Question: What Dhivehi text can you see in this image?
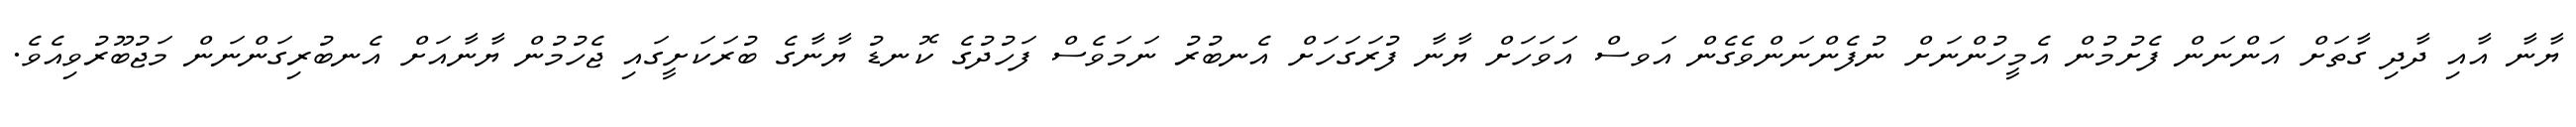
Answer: ޔާނާ އާއި ދާދި ގާތަށް އަންނަން ފެށުމުން އެމީހުންނަށް ނުފެންނަންވެގެން އަވސް އަވަހަށް ޔާނާ ފުރަގަހަށް އެނބުރު ނަމަވެސް ފަހުދުގެ ކޮނޑު ޔާނާގެ ބުރަކަށީގައި ޖެހުމުން ޔާނާއަށް އެނބުރިގަންނަން މަޖުބޫރުވިއެވެ.